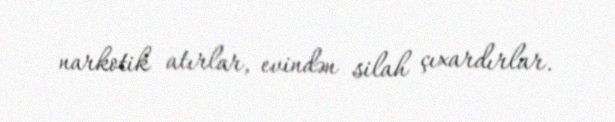
narkotik atırlar, evindən silah çıxardırlar.